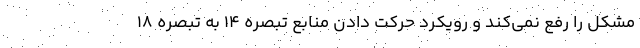
مشکل را رفع نمی‌کند و رویکرد حرکت دادن منابع تبصره ۱۴ به تبصره ۱۸